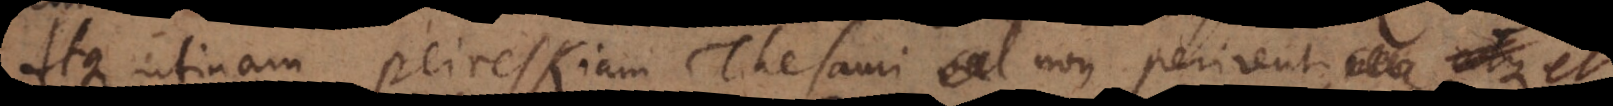
Atque utinam Peireskiani Thesauri vel non perirent, ne